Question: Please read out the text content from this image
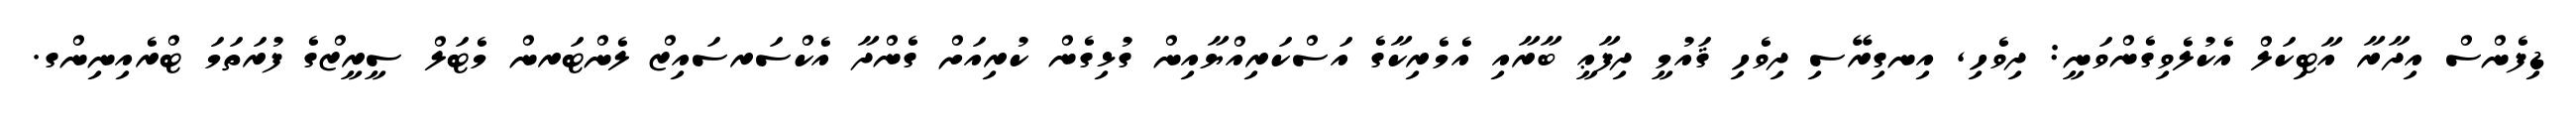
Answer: ޑިފެންސް އިދާރާ އާޓިކަލް އެކުލެވިގެންވަނީ: ދިވެހި, އިނގިރޭސި ދިވެހި ޤައުމީ ދިފާޢީ ބާރާއި އެމެރިކާގެ އަސްކަރިއްޔާއިން ގުޅިގެން ކުރިއަށް ގެންދާ އެކްސަރސައިޒް ލެންޓަރން މެޓަލް ސީރީޒްގެ ފުރަތަމަ ޓްރެއިނިންގ.